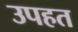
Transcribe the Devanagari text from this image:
उपहत